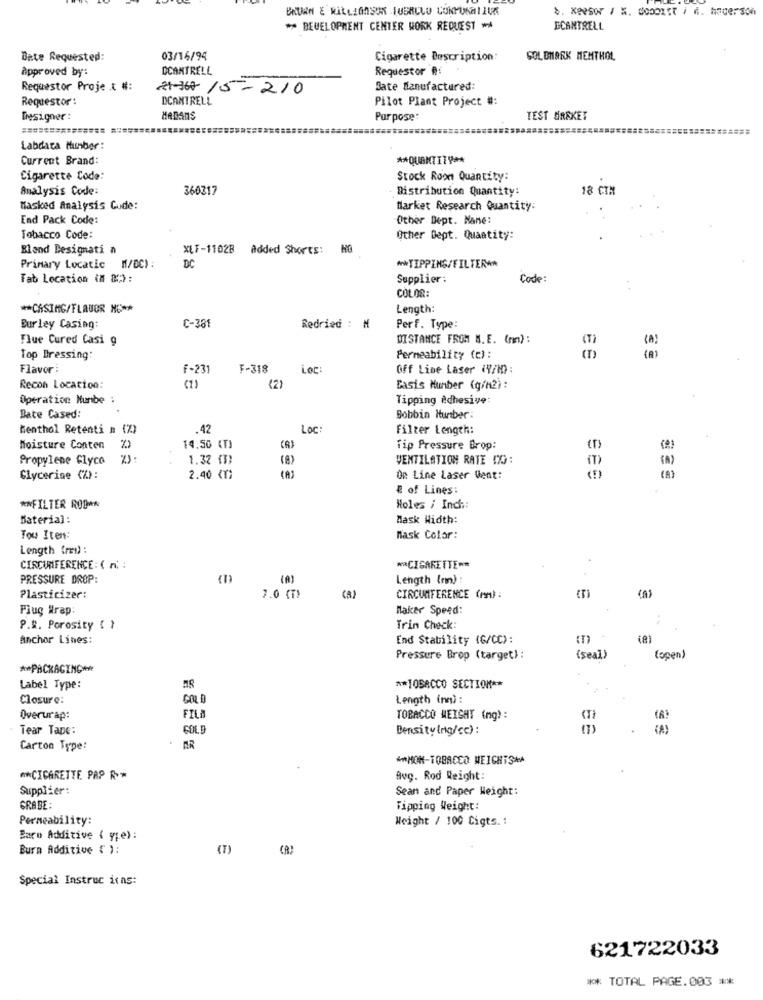
b. Keesor / K. GoodIst / 6. hacerson
** DEVELOPMENT CENTER WORK REQUEST **
ECANTRELL
Bate Requested:
03/16/94
Cigarette Description:
GOLDMARK MENTHOL
Approved by:
DCANTRELL
Requestor A:
Requestor Proje & #:
2-367 15-210
Sate Manufactured:
Requestor:
DCANTRELL
Pilot Plant Project #:
Designer :
MARANS
Purpose:
TEST MARKET
Labdara Number :
Current Brand:
** QUANTITY **
Cigarette Code:
Stock Room Quantity:
Analysis Code:
360317
Distribution Quantity:
18 CTA
Masked Analysis Gude:
Market Research Quantity:
End Pack Code:
Other Dept. Nane:
Tobacco Code:
Other Dept. Quantity:
Bland Designati ₦
XLF-11028
Added Shorts: NG
Primary Locatic M/DC) :
DC
** TIPPING/FILTER **
Tab Location (M &C) :
Supplier:
Code:
COLOR:
** CASING/FLAUOR NO **
Length:
Burley Casing:
C-381
Redried : ₦
Perf. Type:
Flue Cured Casi g
DISTANCE FROM M.E. (mm) :
Top Dressing:
Permeability (c):
Flavor :
F-231
F-318
Loc:
Off Line Laser (7/MD):
Recon Location:
(2)
Basis Munber (g/m2) :
Operation Munbe :
Tipping adhesive:
Date Cased:
Bobbin Hurtber:
Menthol Retenti n (%)
.42
Loc:
Filter Length:
Moisture Conten
14.50 (T)
Tip Pressure Drop:
Propylene Glyco
1.32 (T)
(8)
VENTILATION RATE 0%:
(A)
Glycerine (%):
2.40 (Y)
On Line Laser Vent:
(A)
& of Lines:
** FILTER ROD **
Holes i Inch ::
Material:
Mask Width:
Tow Itens:
Mask Color:
Length (red) :
CIRCUMFERENCE: ( n) :
** CIGARETTE **
PRESSURE DROP:
Length (r)
Plasticizer:
7.0 (T)
(A)
CIRCUMFERENCE (mm) :
Flug Wrap:
Maker Speed:
P.R. Porosity ( )
Trin Check:
Anchor Lines:
End Stability (G/CC):
Pressure Brop (target):
(seal)
(open)
** PACKAGING+
Label Type:
** TOBACCO SECTION **
Closure:
GOLD
Length (nn) :
Overurap:
FIL
TOBACCO WEIGHT (ng):
Tear Tape:
GOL!
Densitylng/cc) :
(7)
Carton Type:
*** MOK-TOBACCO MEICHTSKA
#*CIGARETTE, PAP R. *
Avg. Rod Weight:
Supplier:
Sean and Paper Weight:
GRABE:
Tipping Weight:
Permeability:
Weight / 100 Cigts. :
Baro Additive ( y;e) :
Bura Additive € ):
(7)
Special Instruc itas:
621722033
** TOTAL PAGE.003 **